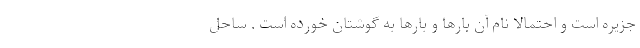
جزیره است و احتمالا نام آن بارها و بارها به گوشتان خورده است . ساحل